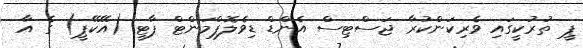
ޕީ ތުރުކީގައި ވެރިކަންކުރާ ޖަސްޓިސް އެންޑް ޑިވެލޮޕްމަންޓް ޕާޓީ (އޭކޭޕީ) ގެ އާ